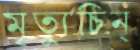
মৃত্যুচিন্